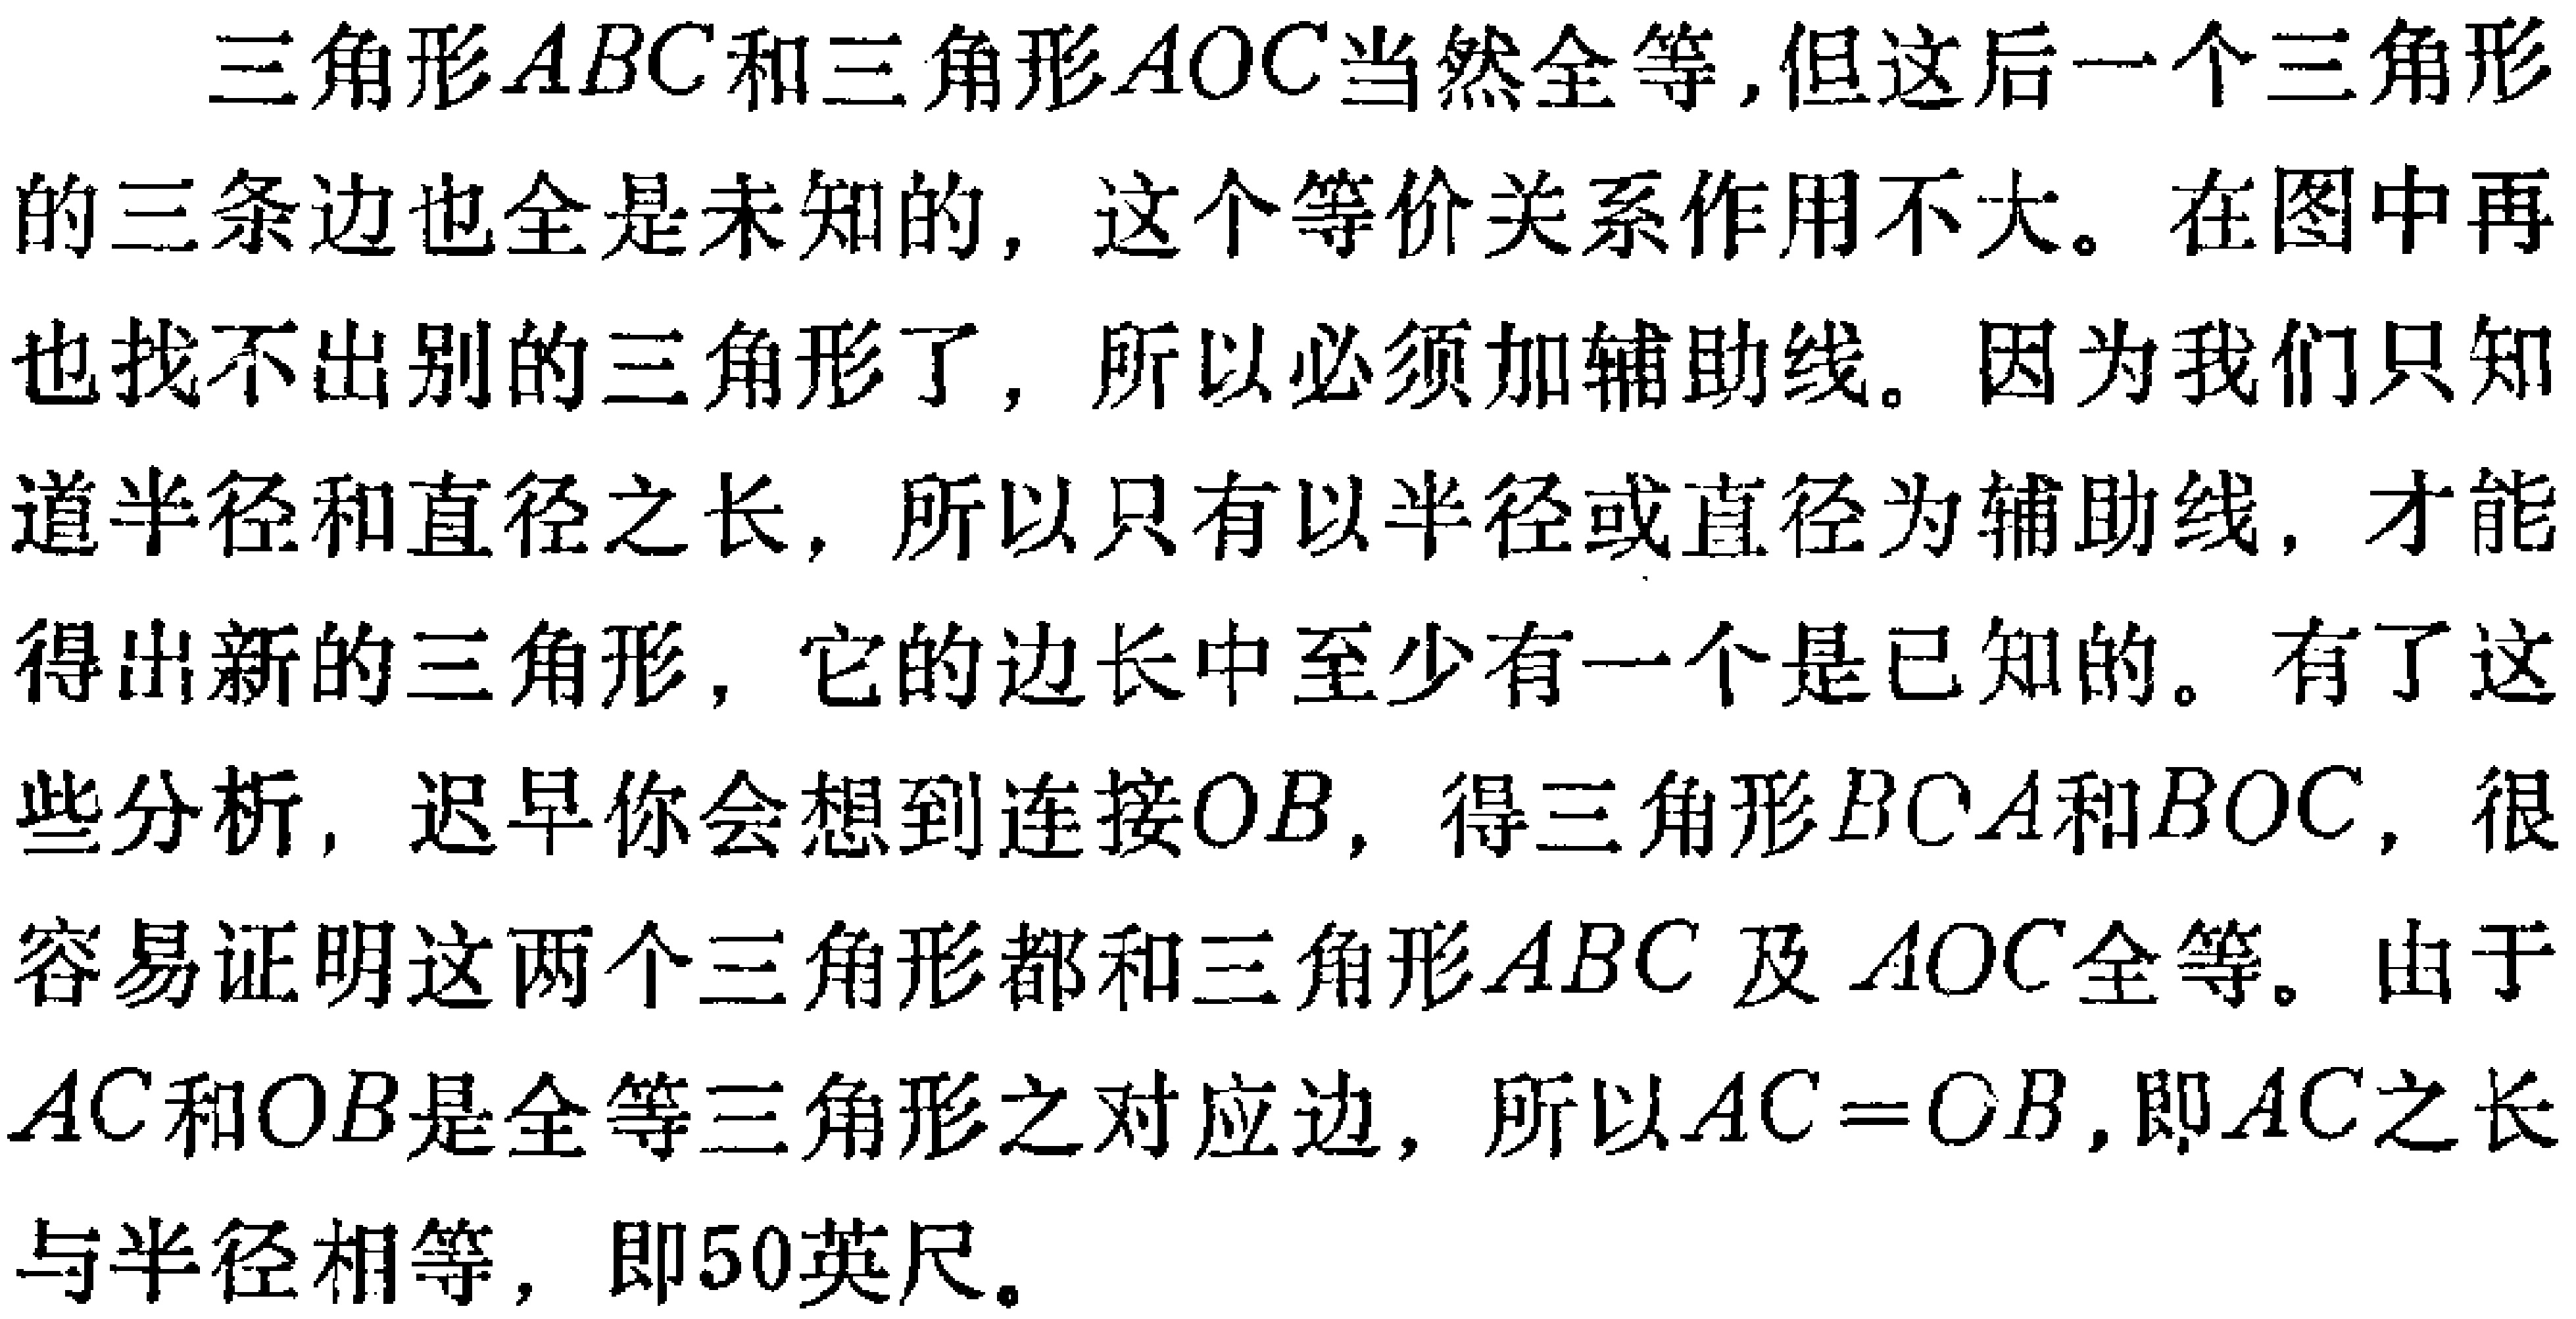
三角形\(ABC\)和三角形\(AOC\)当然全等,但这后一个三角形的三条边也全是未知的，这个等价关系作用不大。在图中再也找不出别的三角形了，所以必须加辅助线。因为我们只知道半径和直径之长，所以只有以半径或直径为辅助线，才能得出新的三角形，它的边长中至少有一个是已知的。有了这些分析，迟早你会想到连接\(OB\)，得三角形\(BCA\)和\(BOC\)，很容易证明这两个三角形都和三角形\(ABC\)及\(AOC\)全等。由于\(AC\)和\(OB\)是全等三角形之对应边，所以\(AC = OB\)，即\(AC\)之长与半径相等，即50英尺。